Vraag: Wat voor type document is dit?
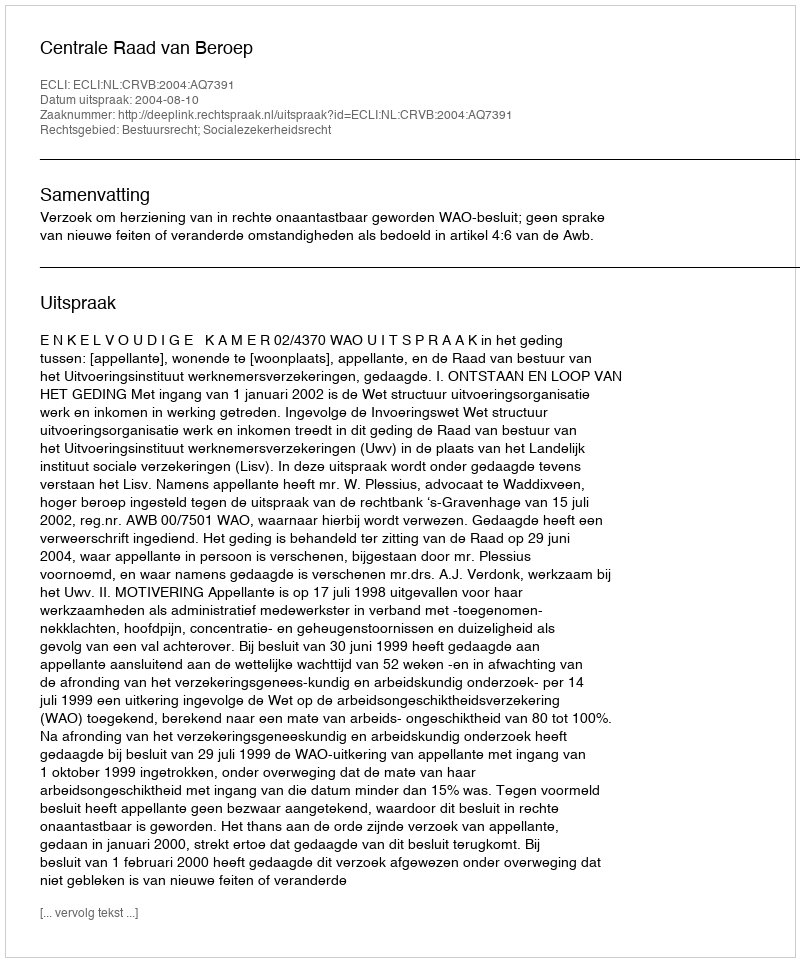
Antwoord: Uitspraak